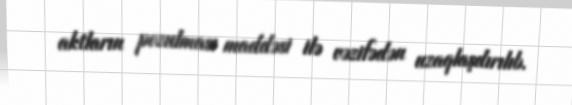
aktların pozulması maddəsi ilə vəzifədən uzaqlaşdırılıb.